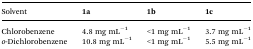
<table><thead><tr><td><b>Solvent</b></td><td><b>1a</b></td><td><b>1b</b></td><td><b>1c</b></td></tr></thead><tbody><tr><td>Chlorobenzene</td><td>4.8 mg mL<sup>–1</sup></td><td>&lt;1 mg mL<sup>–1</sup></td><td>3.7 mg mL<sup>–1</sup></td></tr><tr><td><i>o</i>-Dichlorobenzene</td><td>10.8 mg mL<sup>–1</sup></td><td>&lt;1 mg mL<sup>–1</sup></td><td>5.5 mg mL<sup>–1</sup></td></tr></tbody></table>